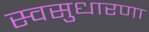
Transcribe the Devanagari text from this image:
स्वसुधारणा